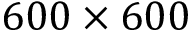
6 0 0 \times 6 0 0